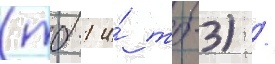
(тб-1 и́ тб-3) /